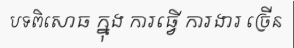
បទពិសោធ ក្នុង ការធ្វើ ការងារ ច្រើន